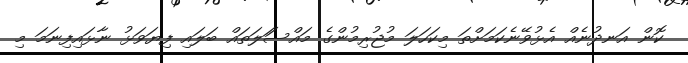
ކޮން އަނދުނެއް އެޅުވޭނެކަމަށްތަ މިކަހަލަ މުޖުރިމުންގެ މައްސަަލަތައް ބަލައި ފިޔަވަޅު ނާޅައިފިނަމަ މި